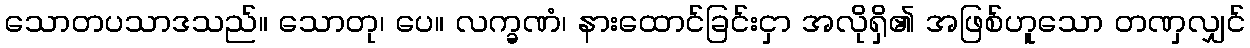
သောတပသာဒသည်။ သောတု၊ ပေ။ လက္ခဏံ၊ နားထောင်ခြင်းငှာ အလိုရှိ၏ အဖြစ်ဟူသော တဏှလျှင်